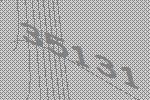
35131